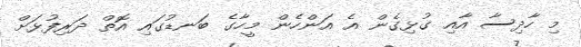
މި ހާދިސާ އާއި ގުޅިގެން އެ އަންހެން މީހާގެ ބަނޑުގައި އޮތް ދަރިފުޅަށް